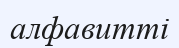
алфавитті